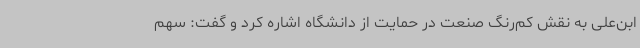
ابن‌علی به نقش کم‌رنگ صنعت در حمایت از دانشگاه اشاره کرد و گفت: سهم